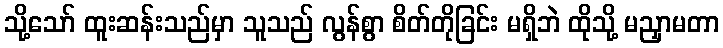
သို့သော် ထူးဆန်းသည်မှာ သူသည် လွန်စွာ စိတ်တိုခြင်း မရှိဘဲ ထိုသို့ မညှာမတာ